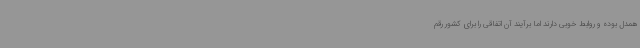
همدل بوده و روابط خوبی دارند اما برآیند آن اتفاقی را برای کشور رقم